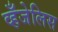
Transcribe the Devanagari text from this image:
व्हँजेलिस